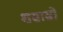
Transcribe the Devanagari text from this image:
शस्रास्रों